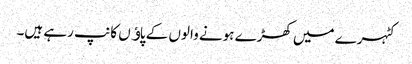
کٹہرے میں کھڑے ہونے والوں کے پاﺅں کانپ رہے ہیں۔